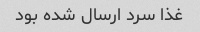
غذا سرد ارسال شده بود